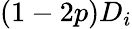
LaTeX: (1-2p)D_{i}